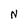
Character: N